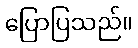
ပြောပြသည်။